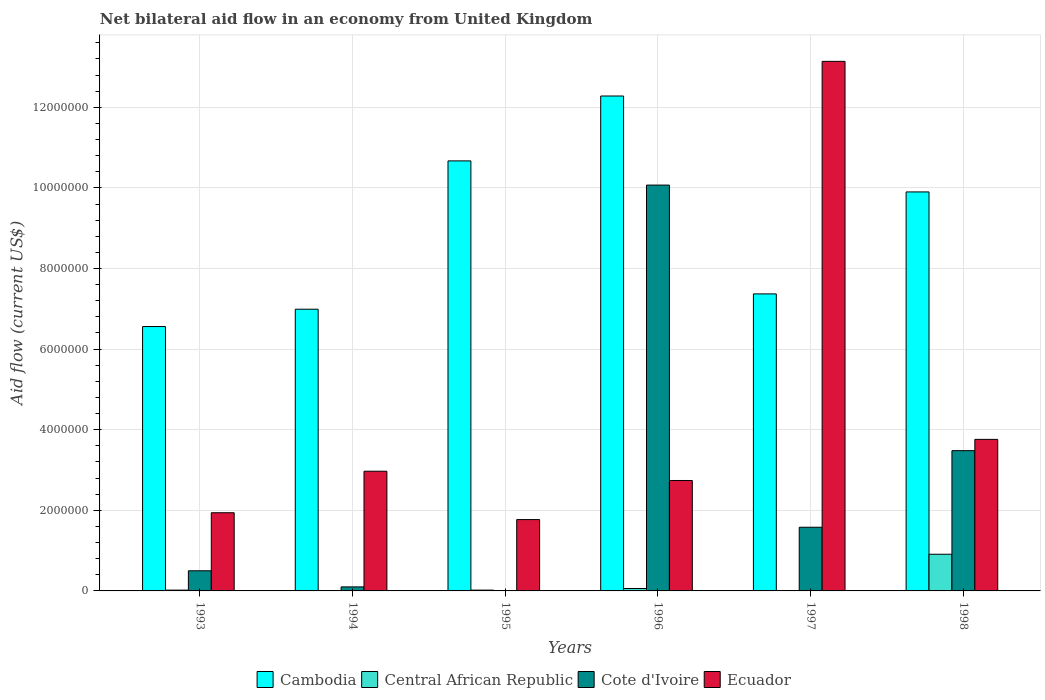
| Years | Cambodia | Central African Republic | Cote d'Ivoire | Ecuador |
 | --- | --- | --- | --- | --- |
 | 1993 | 6.56e+06 | 2e+04 | 5e+05 | 1.94e+06 |
 | 1994 | 6.99e+06 | 1e+04 | 1e+05 | 2.97e+06 |
 | 1995 | 1.07e+07 | 2e+04 | -1.01e+06 | 1.77e+06 |
 | 1996 | 1.23e+07 | 6e+04 | 1.01e+07 | 2.74e+06 |
 | 1997 | 7.37e+06 | 1e+04 | 1.58e+06 | 1.31e+07 |
 | 1998 | 9.9e+06 | 9.1e+05 | 3.48e+06 | 3.76e+06 |